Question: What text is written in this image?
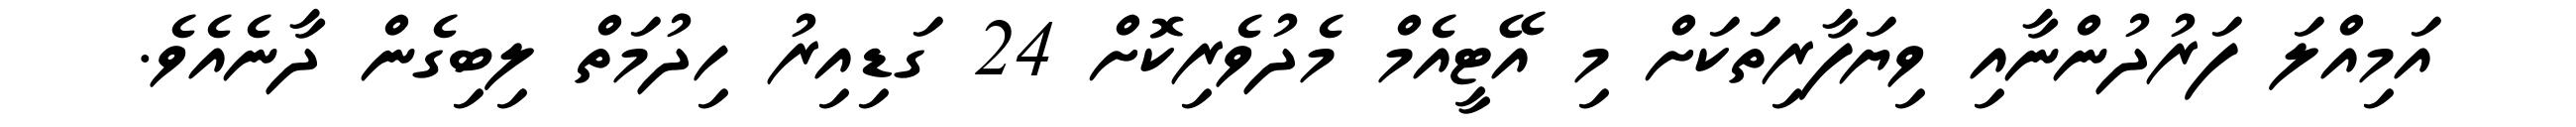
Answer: އަމިއްލަ ފަރުދުންނާއި ވިޔަފާރިތަކަށް މި އޭޓީއެމް މެދުވެރިކޮށް 24 ގަޑިއިރު ހިދުމަތް ލިބިގެން ދާނެއެވެ.